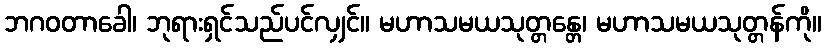
ဘဂဝတာခေါ၊ ဘုရားရှင်သည်ပင်လျှင်။ မဟာသမယသုတ္တန္တေ၊ မဟာသမယသုတ္တန်ကို။